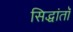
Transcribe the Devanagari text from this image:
सिद्धांतॉ